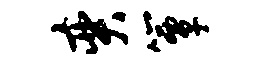
奕簟